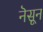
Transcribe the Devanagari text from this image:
नॆसून